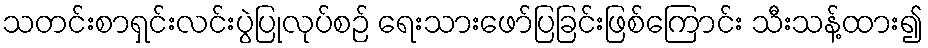
သတင်းစာရှင်းလင်းပွဲပြုလုပ်စဉ် ရေးသားဖော်ပြခြင်းဖြစ်ကြောင်း သီးသန့်ထား၍